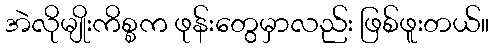
အဲလိုမျိုးကိစ္စက ဖုန်းတွေမှာလည်း ဖြစ်ဖူးတယ်။